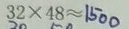
3 2 \times 4 8 \approx 1 5 0 0